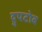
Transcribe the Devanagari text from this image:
द्रुपटोब